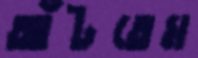
আঁটতেম